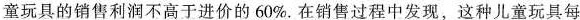
童玩具的销售利润不高于进价的60%。在销售过程中发现，这种儿童玩具每